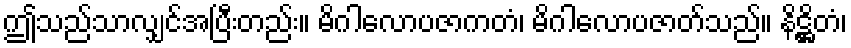
ဤသည်သာလျှင်အပြီးတည်း။ မိဂါလောပဇာကတံ၊ မိဂါလောပဇာတ်သည်။ နိဋ္ဌိတံ၊